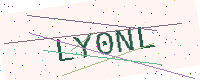
Text: LY0NL